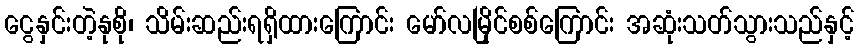
ငွေနှင်းတဲ့နုစို၊ သိမ်းဆည်းရရှိထားကြောင်း မော်လမြိုင်စစ်ကြောင်း အဆုံးသတ်သွားသည်နှင့်